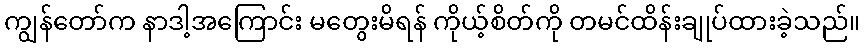
ကျွန်တော်က နာဒါ့အကြောင်း မတွေးမိရန် ကိုယ့်စိတ်ကို တမင်ထိန်းချုပ်ထားခဲ့သည်။